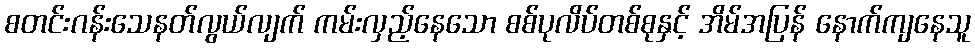
စတင်းဂန်းသေနတ်လွယ်လျက် ကမ်းလှည့်နေသော စစ်ပုလိပ်တစ်စုနှင့် အိမ်အပြန် နောက်ကျနေသူ